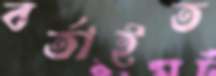
বর্তাইত